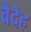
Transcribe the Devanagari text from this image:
वैदेह